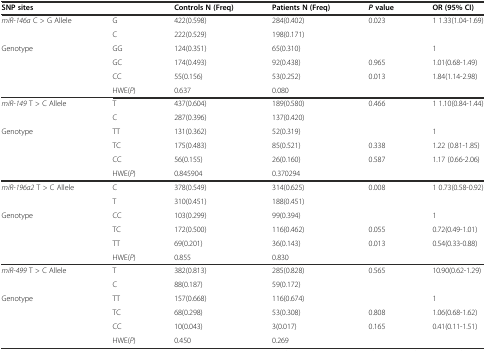
<table><thead><tr><td colspan="2"><b>SNP sites</b></td><td><b>Controls N (Freq)</b></td><td><b>Patients N (Freq)</b></td><td><b><i>P</i>value</b></td><td><b>OR (95% CI)</b></td></tr></thead><tbody><tr><td rowspan="2"><i>miR-146a</i> C &gt; G Allele</td><td>G</td><td>422(0.598)</td><td>284(0.402)</td><td rowspan="2">0.023</td><td rowspan="2">1 1.33(1.04-1.69)</td></tr><tr><td>C</td><td>222(0.529)</td><td>198(0.171)</td></tr><tr><td rowspan="3">Genotype</td><td>GG</td><td>124(0.351)</td><td>65(0.310)</td><td></td><td>1</td></tr><tr><td>GC</td><td>174(0.493)</td><td>92(0.438)</td><td>0.965</td><td>1.01(0.68-1.49)</td></tr><tr><td>CC</td><td>55(0.156)</td><td>53(0.252)</td><td>0.013</td><td>1.84(1.14-2.98)</td></tr><tr><td></td><td>HWE(<i>P</i>)</td><td>0.637</td><td>0.080</td><td></td><td></td></tr><tr><td rowspan="2"><i>miR-149</i> T &gt; C Allele</td><td>T</td><td>437(0.604)</td><td>189(0.580)</td><td rowspan="2">0.466</td><td rowspan="2">1 1.10(0.84-1.44)</td></tr><tr><td>C</td><td>287(0.396)</td><td>137(0.420)</td></tr><tr><td rowspan="3">Genotype</td><td>TT</td><td>131(0.362)</td><td>52(0.319)</td><td></td><td>1</td></tr><tr><td>TC</td><td>175(0.483)</td><td>85(0.521)</td><td>0.338</td><td>1.22 (0.81-1.85)</td></tr><tr><td>CC</td><td>56(0.155)</td><td>26(0.160)</td><td>0.587</td><td>1.17 (0.66-2.06)</td></tr><tr><td></td><td>HWE(<i>P</i>)</td><td>0.845904</td><td>0.370294</td><td></td><td></td></tr><tr><td rowspan="2"><i>miR-196a2</i> T &gt; C Allele</td><td>C</td><td>378(0.549)</td><td>314(0.625)</td><td rowspan="2">0.008</td><td rowspan="2">1 0.73(0.58-0.92)</td></tr><tr><td>T</td><td>310(0.451)</td><td>188(0.451)</td></tr><tr><td rowspan="3">Genotype</td><td>CC</td><td>103(0.299)</td><td>99(0.394)</td><td></td><td>1</td></tr><tr><td>TC</td><td>172(0.500)</td><td>116(0.462)</td><td>0.055</td><td>0.72(0.49-1.01)</td></tr><tr><td>TT</td><td>69(0.201)</td><td>36(0.143)</td><td>0.013</td><td>0.54(0.33-0.88)</td></tr><tr><td></td><td>HWE(<i>P</i>)</td><td>0.855</td><td>0.830</td><td></td><td></td></tr><tr><td rowspan="2"><i>miR-499</i> T &gt; C Allele</td><td>T</td><td>382(0.813)</td><td>285(0.828)</td><td rowspan="2">0.565</td><td rowspan="2">10.90(0.62-1.29)</td></tr><tr><td>C</td><td>88(0.187)</td><td>59(0.172)</td></tr><tr><td rowspan="3">Genotype</td><td>TT</td><td>157(0.668)</td><td>116(0.674)</td><td></td><td>1</td></tr><tr><td>TC</td><td>68(0.298)</td><td>53(0.308)</td><td>0.808</td><td>1.06(0.68-1.62)</td></tr><tr><td>CC</td><td>10(0.043)</td><td>3(0.017)</td><td>0.165</td><td>0.41(0.11-1.51)</td></tr><tr><td></td><td>HWE(<i>P</i>)</td><td>0.450</td><td>0.269</td><td></td><td></td></tr></tbody></table>